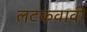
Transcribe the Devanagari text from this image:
लटकवावी